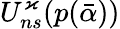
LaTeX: U_{ns}^{\varkappa}(p(\bar{\alpha}))